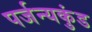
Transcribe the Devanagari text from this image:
पर्जन्यकुंड